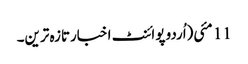
11 مئی(اُردو پوائنٹ اخبارتازہ ترین۔